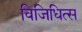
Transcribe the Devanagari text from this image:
विजिधित्स